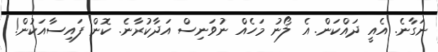
ނަގާނެ. އެއީ ދައްކަން. އެ ލޯނު މަހެއް ނުވަނިސް އަދާކުރާނެ. ކޮން ފައިސާއަކުން!